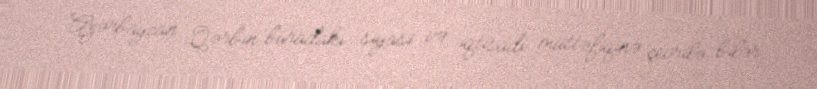
Azərbaycan Qərbin buradakı siyasi və iqtisadi müttəfiqinə çevrilə bilər.